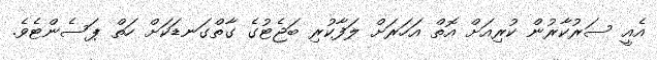
އެއީ ސަރުކާރުން ކުރިއަށް އޮތް އަހަރަށް ލަފާކުރި ބަޖެޓުގެ ގާތްގަނޑަކަށް ހަތް ޕަސެންޓެވެ.